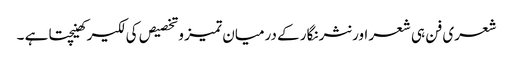
شعری فن ہی شعر اور نثر نگار کے درمیان تمیز وتخصیص کی لکیر کھینچتا ہے ۔